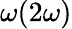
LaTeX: \omega(2\omega)